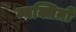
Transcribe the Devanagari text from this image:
व्यक्तिय़ों